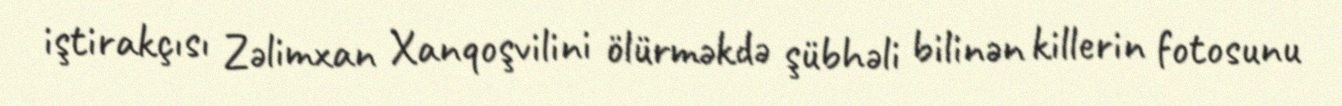
iştirakçısı Zəlimxan Xanqoşvilini ölürməkdə şübhəli bilinən killerin fotosunu